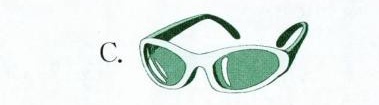
C.